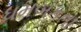
ધમબકતા